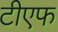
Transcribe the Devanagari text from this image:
टीएफ